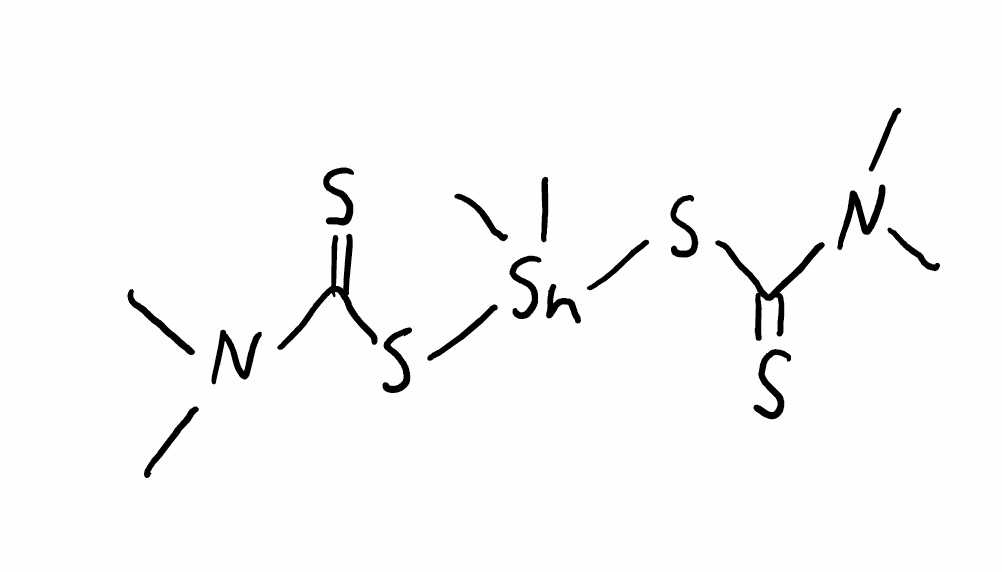
Simplified molecular-input line-entry system (SMILES) notation of the given molecule:
CN(C)C(=S)S[Sn](C)(C)SC(=S)N(C)C